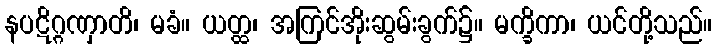
နပဋိဂ္ဂဏှာတိ၊ မခံ။ ယတ္ထ၊ အကြင်အိုးဆွမ်းခွက်၌။ မက္ခိကာ၊ ယင်တို့သည်။